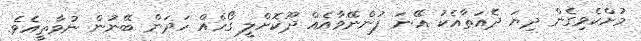
މުށްކެވިގެން ދިޔަ ދެއަތާއެކު އޭނަ ފުންނޭވާއެއް ދޫކޮށްލީ ގޯހެއް ހަދަން ބޭނުން ނުވާތީއެވެ.